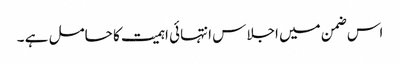
اس ضمن میں اجلاس انتہائی اہمیت کا حامل ہے ۔